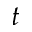
t